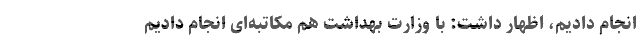
انجام دادیم، اظهار داشت: با وزارت بهداشت هم مکاتبه‌ای انجام دادیم